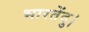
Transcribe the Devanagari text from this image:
भारतेंदु।